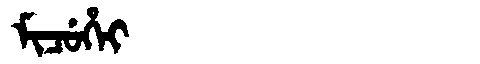
Manchu: ᠮᡳᠴᡠᡥᡝᡳ
Romanization: MICUHEI